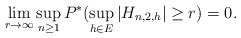
\begin{align*}\lim_{r \rightarrow \infty} \sup_{n \ge 1}P^{*}( \sup_{h \in E}|H_{n,2,h}| \ge r) =0. \end{align*}